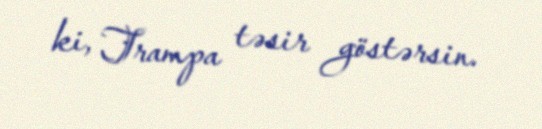
ki, Trampa təsir göstərsin.